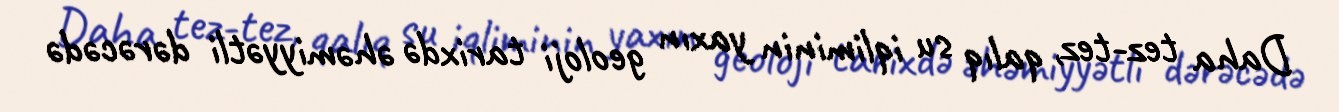
Daha tez-tez, qalıq su iqliminin yaxın geoloji tarixdə əhəmiyyətli dərəcədə